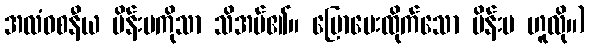
အလံဝစနီယ မိန်းမကိုသာ သိအပ်၏။ ပြောပေးထိုက်သော မိန်းမ ဟူလို။)